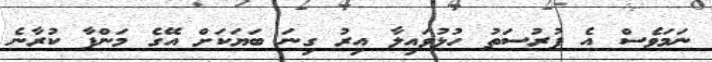
ނަމަވެސް އެ ފުރުސަތު ހުޅުވައިލާ އިރު ގިނަ ބަޔަކަށް އޭގެ މަންފާ ކުރާނެ